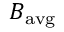
B _ { \mathrm { a v g } }